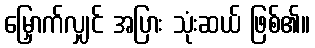
မြှောက်လျှင် အပြား သုံးဆယ် ဖြစ်၏။